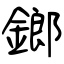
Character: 鎯